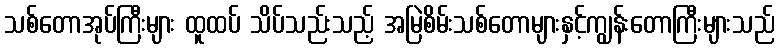
သစ်တောအုပ်ကြီးများ ထူထပ် သိပ်သည်းသည့် အမြဲစိမ်းသစ်တောများနှင့်ကျွန်းတောကြီးများသည်